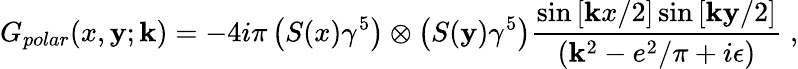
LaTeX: G_{polar}(x,\mathbf{y};\mathbf{k})=-4i\pi\left(S(x)\gamma^{5}\right)\otimes\left(S(\mathbf{y})\gamma^{5}\right)\frac{{\sin\left[\mathbf{k}x/2\right]\sin\left[\mathbf{k}\mathbf{y}/2\right]}}{{(\mathbf{k}^{2}-e^{2}/\pi+i\epsilon)}}\; ,